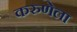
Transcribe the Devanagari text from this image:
करुणेला